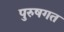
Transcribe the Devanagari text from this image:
पुरुषगत